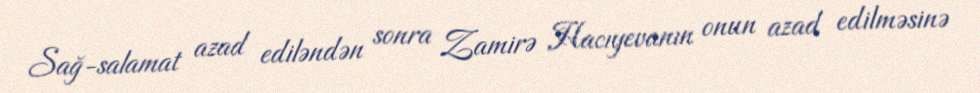
Sağ-salamat azad ediləndən sonra Zamirə Hacıyevanın onun azad edilməsinə